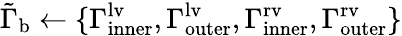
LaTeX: \tilde{\Gamma}_{\mathrm{{b}}}\gets\{ \Gamma_{\mathrm{{inner}}}^{\mathrm{{lv}}},\Gamma_{\mathrm{{outer}}}^{\mathrm{{lv}}},\Gamma_{\mathrm{{inner}}}^{\mathrm{{rv}}},\Gamma_{\mathrm{{outer}}}^{\mathrm{{rv}}}\}